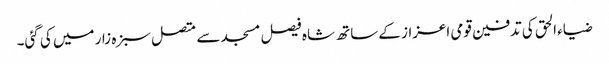
ضیاء الحق کی تدفین قومی اعزاز کے ساتھ شاہ فیصل مسجد سے متصل سبزہ زار میں کی گئی۔